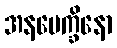
အနပေက္ခိနော